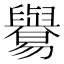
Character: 𦦸